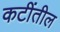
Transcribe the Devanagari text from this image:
कटींतील